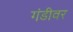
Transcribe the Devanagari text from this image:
गंडीवर